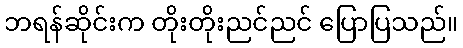
ဘရန်ဆိုင်းက တိုးတိုးညင်ညင် ပြောပြသည်။